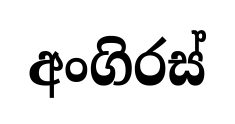
අංගිරස්